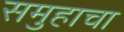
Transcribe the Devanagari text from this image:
समुहाचा